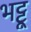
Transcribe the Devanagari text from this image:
भट्टू